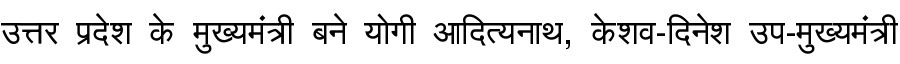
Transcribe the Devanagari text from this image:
उत्तर प्रदेश के मुख्यमंत्री बने योगी आदित्यनाथ, केशव-दिनेश उप-मुख्यमंत्री